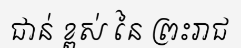
ជាន់ ខ្ពស់ នៃ ព្រះរាជ